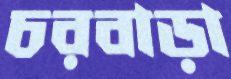
চরবাড়া